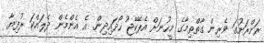
ރަށްރަށުގަ ވެރިން ގާތްތިމާގެ މީހުނަށް އެޕޭކޭޖު ހޯދައިދިން. އެ އެންމެން ދެލައްކަ ރުފިޔާ